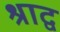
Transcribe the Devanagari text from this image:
श्राद्व